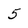
Character: 5